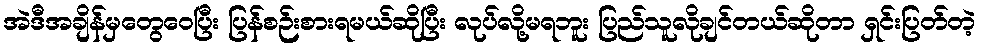
အဲဒီအချိန်မှတွေဝေပြီး ပြန်စဉ်းစားရမယ်ဆိုပြီး လုပ်လို့မရဘူး ပြည်သူလိုချင်တယ်ဆိုတာ ရှင်းပြတ်တဲ့